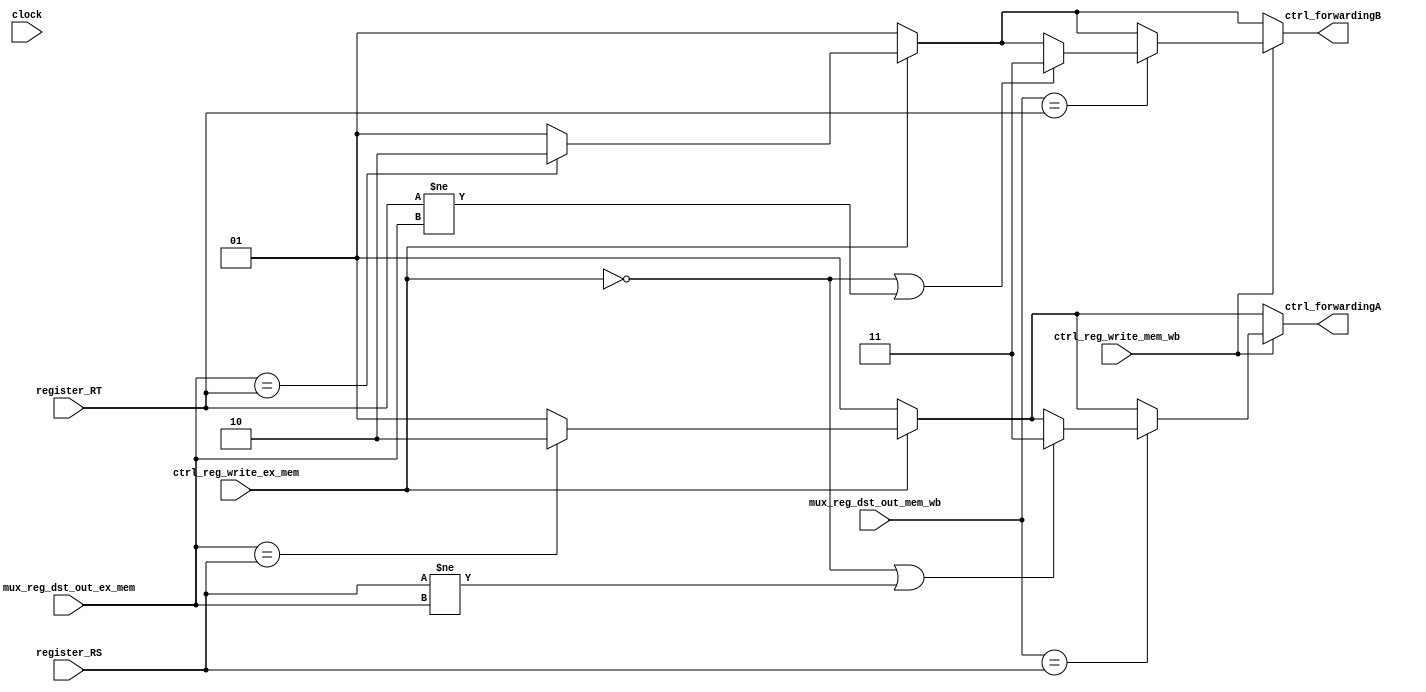
// Gabriel Coimbra - 3044
// Maria Dalila - 3030
// `define VERBOSE

module mForwardingUnit
(
	//Input
	input wire clock,
	ctrl_reg_write_ex_mem,
	ctrl_reg_write_mem_wb,
	input wire[4:0] mux_reg_dst_out_ex_mem,
	mux_reg_dst_out_mem_wb,
	register_RS, //[25:21]  ->  reg_1_address
	register_RT,  //[20:16]  ->  reg_2_address

	//Output
	output reg [1:0] ctrl_forwardingA,
	output reg [1:0] ctrl_forwardingB
);

	always @ (*) begin

		//No precisa de forwarding
		ctrl_forwardingA <= 2'b01;
		ctrl_forwardingB <= 2'b01;

		//Forwarding de uma instrucao a frente
		if(ctrl_reg_write_ex_mem)begin
			`ifdef VERBOSE_FOWARD
				$display("mForwardingUnit: Fowarding needed! 1 instruction ahead.");
			`endif
			if(mux_reg_dst_out_ex_mem == register_RS) ctrl_forwardingA <= 2'b10;
			if(mux_reg_dst_out_ex_mem == register_RT) ctrl_forwardingB <= 2'b10;
		end

		//Forwarding de duas instrucoes a frente
		if(ctrl_reg_write_mem_wb)begin
			if(mux_reg_dst_out_mem_wb == register_RS)begin
				`ifdef VERBOSE_FOWARD
					$display("mForwardingUnit: Fowarding needed! 2 instruction ahead. Case 1");
				`endif
				 if (!ctrl_reg_write_ex_mem  || register_RS != mux_reg_dst_out_ex_mem)
					 ctrl_forwardingA <= 2'b11;
			end
			if(mux_reg_dst_out_mem_wb == register_RT)begin
				`ifdef VERBOSE_FOWARD
					$display("mForwardingUnit: Fowarding needed! 2 instruction ahead. Case 2");
				`endif
				if (!ctrl_reg_write_ex_mem  ||  register_RT != mux_reg_dst_out_ex_mem)
					 ctrl_forwardingB <= 2'b11;
			end
		end

	end

endmodule